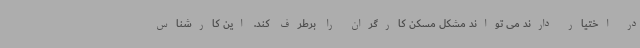
در اختیار دارند می تواند مشکل مسکن کارگران را برطرف کند. این کارشناس